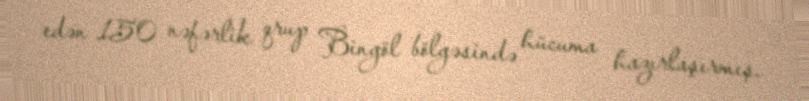
edən 150 nəfərlik qrup Bingöl bölgəsində hücuma hazırlaşırmış.